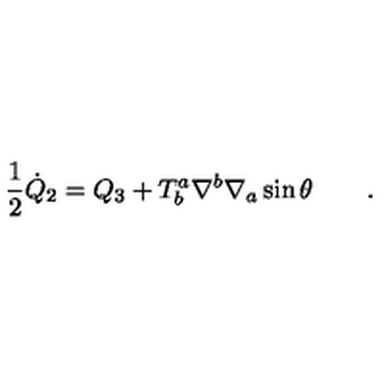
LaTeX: \frac { 1 } { 2 } { \dot { Q } } _ { 2 } = Q _ { 3 } + T _ { b } ^ { a } \nabla ^ { b } \nabla _ { a } \sin \theta \qquad .